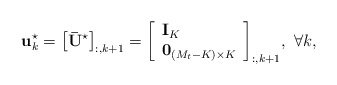
\begin{align*} {\bf{u}}_k^{\star} = {\left[ {\bf{\bar U}}^ {\star} \right]_{:,k + 1}} = {\left[ \begin{array}{l}{{\bf{I}}_K}\\{{\bf{0}}_{\left( {{M_t} - K} \right) \times K}}\end{array} \right]_{:,k + 1}}, \ \forall k, \end{align*}